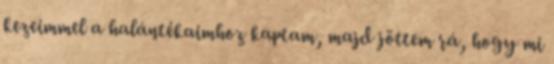
kezeimmel a halántékaimhoz kaptam, majd jöttem rá, hogy mi